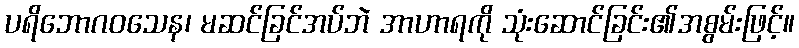
ပရိဘောဂဝသေန၊ မဆင်ခြင်အပ်ဘဲ အာဟာရကို သုံးဆောင်ခြင်း၏အစွမ်းဖြင့်။